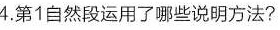
4.第1自然段运用了哪些说明方法?